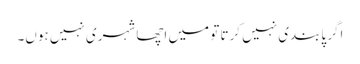
اگر پابندی نہیں کرتا تو میں اچھا شہری نہیں ہوں۔